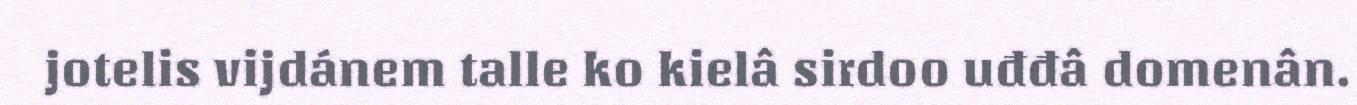
jotelis vijdánem talle ko kielâ sirdoo uđđâ domenân.